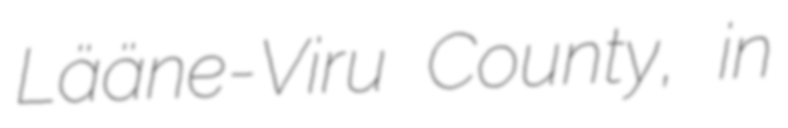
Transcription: Lääne-Viru County, in